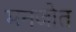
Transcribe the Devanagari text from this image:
मनजोत